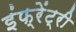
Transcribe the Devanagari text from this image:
इंफ्रेंट्री